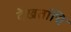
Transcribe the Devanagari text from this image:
देखतांचि